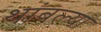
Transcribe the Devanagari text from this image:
थांबल्या